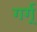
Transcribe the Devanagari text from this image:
गर्ग्